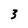
Character: 3